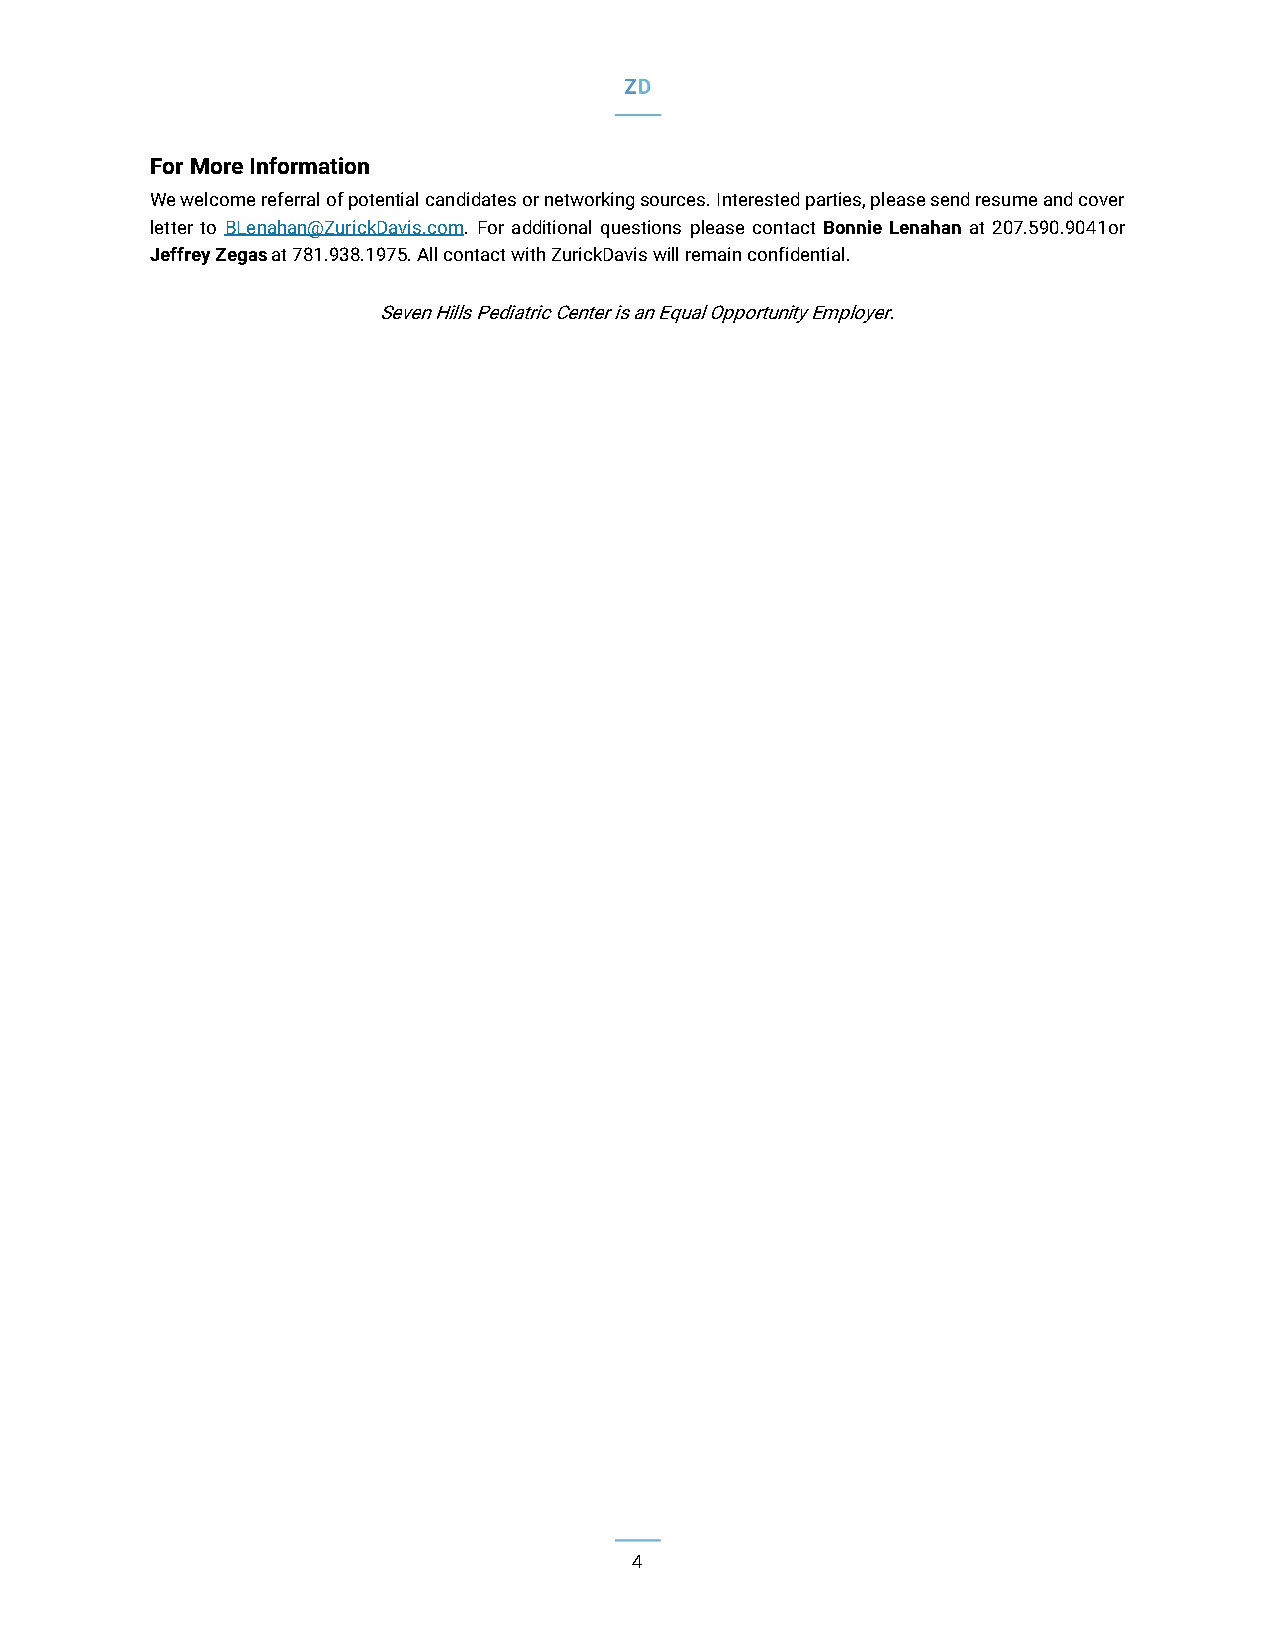
For More Information
 We welcome referral of potential candidates or networking sources. Interested parties, please send resume and cover
 letter to BLenahan@ZurickDavis.com. For additional questions please contact Bonnie Lenahan at 207.590.9041or
 Jeffrey Zegas at 781.938.1975. All contact with ZurickDavis will remain confidential.
 Seven Hills Pediatric Center is an Equal Opportunity Employer.
 4